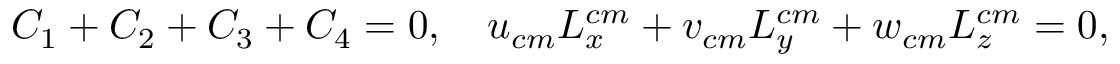
C _ { 1 } + C _ { 2 } + C _ { 3 } + C _ { 4 } = 0 , \quad u _ { c m } L _ { x } ^ { c m } + v _ { c m } L _ { y } ^ { c m } + w _ { c m } L _ { z } ^ { c m } = 0 ,